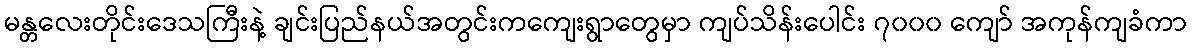
မန္တလေးတိုင်းဒေသကြီးနဲ့ ချင်းပြည်နယ်အတွင်းကကျေးရွာတွေမှာ ကျပ်သိန်းပေါင်း ၇၀၀၀ ကျော် အကုန်ကျခံကာ